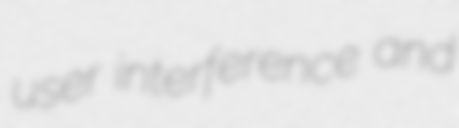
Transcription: user interference and